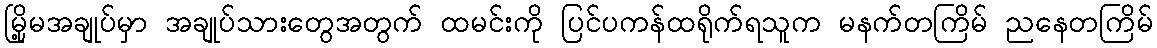
မြို့မအချုပ်မှာ အချုပ်သားတွေအတွက် ထမင်းကို ပြင်ပကန်ထရိုက်ရသူက မနက်တကြိမ် ညနေတကြိမ်